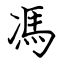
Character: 馮